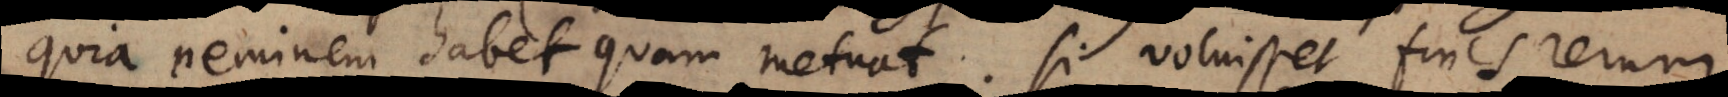
quia neminem habet quem metuat. Si voluisset fines rerum